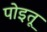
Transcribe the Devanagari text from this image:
पोइतू